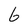
Character: 6